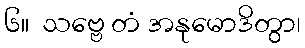
၆။  သဗ္ဗေ တံ အနုမောဒိတွာ၊